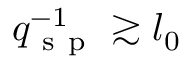
q _ { \mathrm { ~ s ~ p ~ } } ^ { - 1 } \gtrsim l _ { 0 }